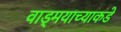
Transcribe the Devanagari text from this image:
वाड्मयाच्याकडे